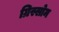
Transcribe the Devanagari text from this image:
ग्रिस्सोम